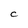
Character: C